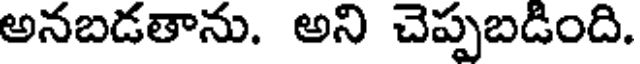
అనబడతాను. అని చెప్పబడింది.